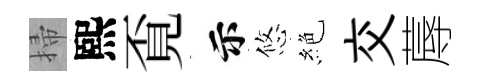
掃熙覔示悠絶交蓐